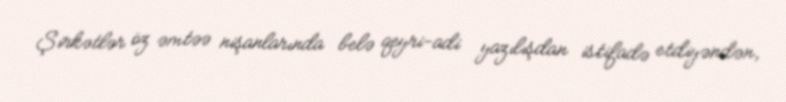
Şirkətlər öz əmtəə nişanlarında belə qeyri-adi yazılışdan istifadə etdiyəndən,